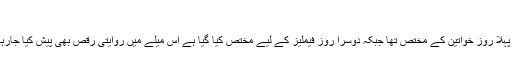
‘
یہ دو روزہ ثقافتی ستائیس نومبر تک جاری رہے گا پہلا روز خواتین کے مختص تھا جبکہ دوسرا روز فیملیز کے لیے مختص کیا گیا ہے اس میلے میں روایتی رقص بھی پیش کیا جارہا ہے جبکہ علاقائی موسیقی کا انتظام بھی کیاگیا ہے۔